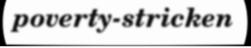
poverty-stricken